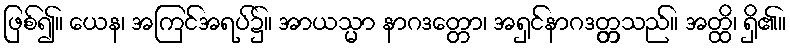
ဖြစ်၍။ ယေန၊ အကြင်အရပ်၌။ အာယသ္မာ နာဂဒတ္တော၊ အရှင်နာဂဒတ္တ္တသည်။ အတ္ထိ၊ ရှိ၏။